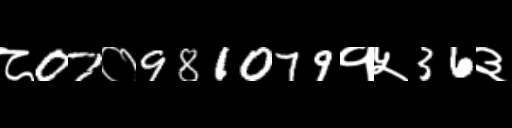
Text: ८07०981079१५36३